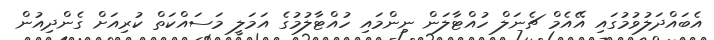
އެބައްދަލުވުމުގައި އޭއެމް ޗެނަލް ހުއްޓާލަން ނިންމައި ހުއްޓާލުމުގެ އަމަލީ މަސައްކަތް ކުރިއަށް ގެންދިއުން